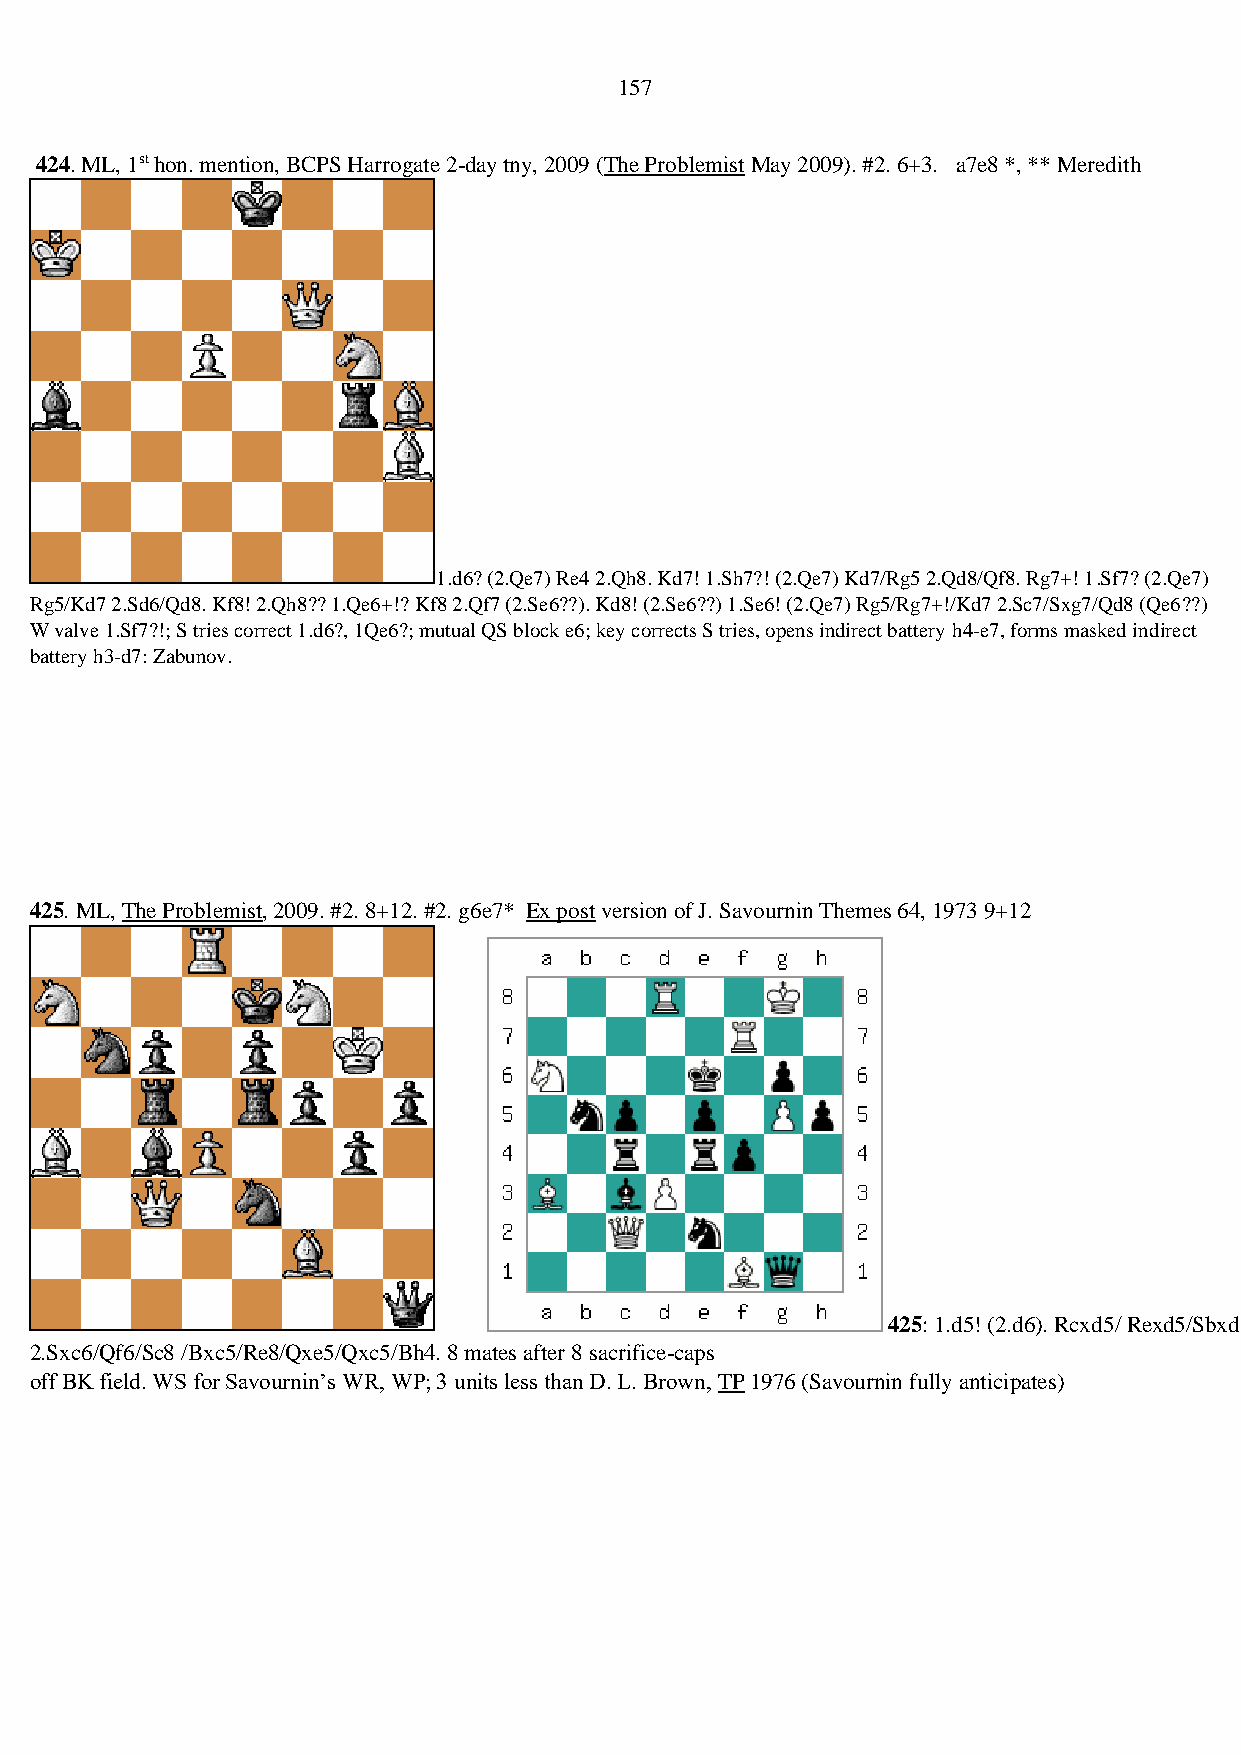
157
 424. ML, 1st hon. mention, BCPS Harrogate 2-day tny, 2009 (The Problemist May 2009). #2. 6+3. a7e8 *, ** Meredith
 1.d6? (2.Qe7) Re4 2.Qh8. Kd7! 1.Sh7?! (2.Qe7) Kd7/Rg5 2.Qd8/Qf8. Rg7+! 1.Sf7? (2.Qe7)
 Rg5/Kd7 2.Sd6/Qd8. Kf8! 2.Qh8?? 1.Qe6+!? Kf8 2.Qf7 (2.Se6??). Kd8! (2.Se6??) 1.Se6! (2.Qe7) Rg5/Rg7+!/Kd7 2.Sc7/Sxg7/Qd8 (Qe6??)
 W valve 1.Sf7?!; S tries correct 1.d6?, 1Qe6?; mutual QS block e6; key corrects S tries, opens indirect battery h4-e7, forms masked indirect
 battery h3-d7: Zabunov.
 425. ML, The Problemist, 2009. #2. 8+12. #2. g6e7* Ex post version of J. Savournin Themes 64, 1973 9+12
 425: 1.d5! (2.d6). Rcxd5/ Rexd5/Sbxd5/Sexd5/cxd5/exd5/Bxd5/Qxd5
 2.Sxc6/Qf6/Sc8 /Bxc5/Re8/Qxe5/Qxc5/Bh4. 8 mates after 8 sacrifice-caps
 off BK field. WS for Savournin’s WR, WP; 3 units less than D. L. Brown, TP 1976 (Savournin fully anticipates)